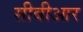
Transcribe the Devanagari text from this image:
सीबीआर